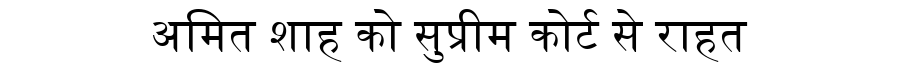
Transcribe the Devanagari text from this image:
अमित शाह को सुप्रीम कोर्ट से राहत